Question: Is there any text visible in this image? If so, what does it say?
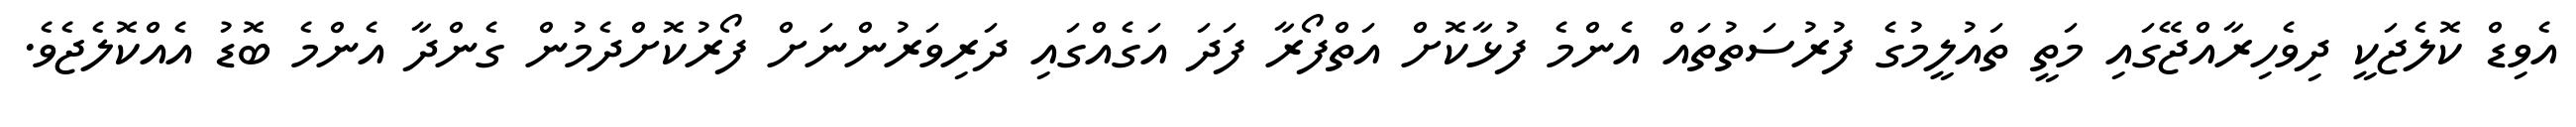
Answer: އެވިޑް ކޮލެޖަކީ ދިވެހިރާއްޖޭގައި މަތީ ތައުލީމުގެ ފުރުސަތުތައް އެންމެ ފުޅާކޮށް އަތްފޯރާ ފަދަ އަގެއްގައި ދަރިވަރުންނަށް ފޯރުކޮށްދެމުން ގެންދާ އެންމެ ބޮޑު އެއްކޮލެޖެވެ.